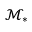
\mathcal { M } _ { * }